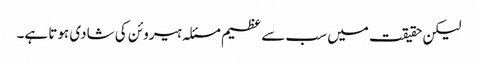
لیکن حقیقت میں سب سے عظیم مسئلہ ہیروئن کی شادی ہوتا ہے۔